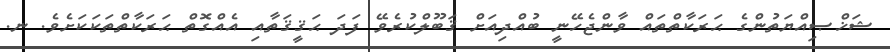
ޝަޚްޞިއްޔަތުންގެ ޙަރަކާތްތައް ވާންޖެހޭނީ ބުއްދިއަށް ޤަބޫލްކުރެވޭ ފަދަ ޙަޤީޤަތާއި އެއްގޮތް ޙަރަކާތްތަކަކަށެވެ. ނ.